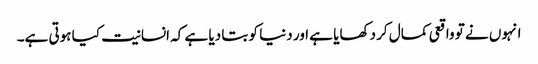
انہوں نے تو واقعی کمال کر دکھایا ہے اور دنیا کو بتا دیا ہے کہ انسانیت کیا ہوتی ہے۔